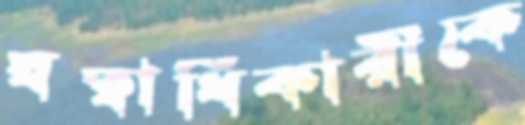
স্বত্বাধিকারীকে